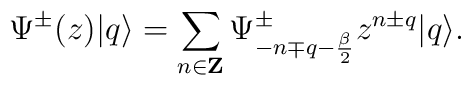
\Psi^{\pm}(z) |q \rangle = \sum_{n \in {\bf Z}}\Psi^{\pm}_{-n \mp q  -{\beta \over 2 } } z^{n \pm q }                |q \rangle.